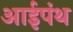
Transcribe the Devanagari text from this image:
आईपंथ